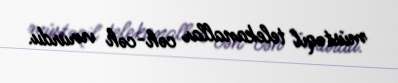
müstəqil telekanallar cəh-cəh vururdu.